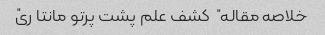
خلاصه مقاله "کشف علم پشت پرتو مانتا ری"